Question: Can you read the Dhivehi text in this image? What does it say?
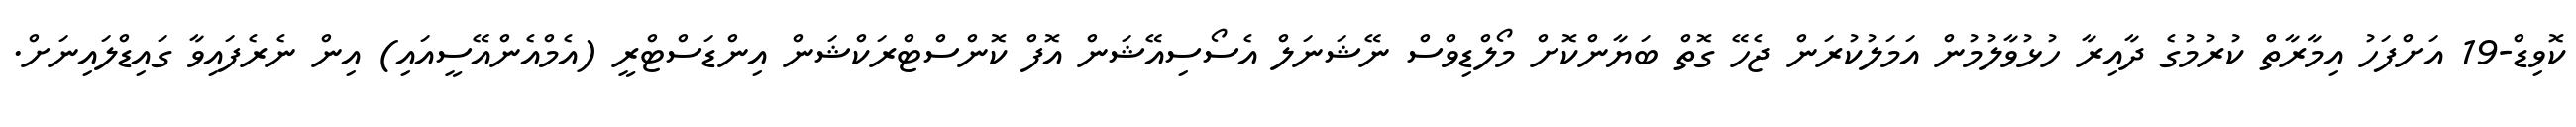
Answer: ކޮވިޑް-19 އަށްފަހު އިމާރާތް ކުރުމުގެ ދާއިރާ ހުޅުވާލުމުން އަމަލުކުރަން ޖެހޭ ގޮތް ބަޔާންކޮށް މޯލްޑިވްސް ނޭޝަނަލް އެސޯސިއޭޝަން އޮފް ކޮންސްޓްރަކްޝަން އިންޑަސްޓްރީ (އެމްއެންއޭސީއައި) އިން ނެރެފައިވާ ގައިޑްލައިނަށް.